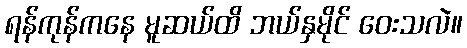
ရန်ကုန်ကနေ မူဆယ်ထိ ဘယ်နှမိုင် ဝေးသလဲ။